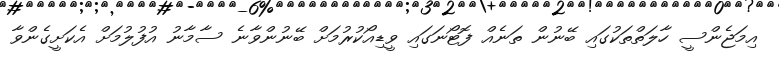
އިމަޖެންސީ ހާލަތްތަކުގައި ބޭނުން ތަނެއް ފޮޓޯނަގައި ވީޑިއޯކުރުމަށް ބޭނުންވާނެ ސާމާނު އުފުލުމަށް އެކަށީގެންވާ